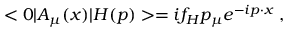
< 0 | A _ { \mu } ( x ) | H ( p ) > = i f _ { H } p _ { \mu } e ^ { - i p \cdot x } \; ,